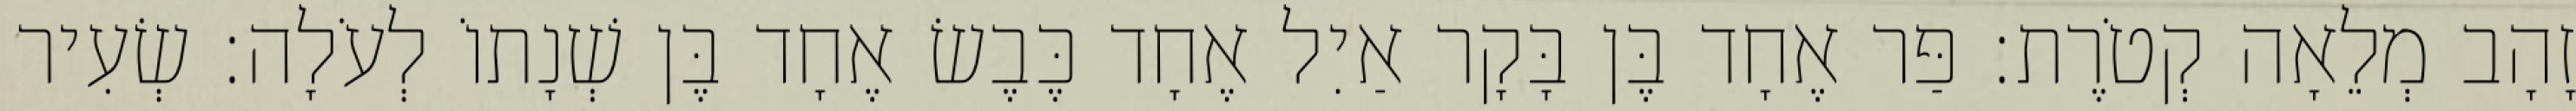
זָהָב מְלֵאָה קְטֹרֶת׃ פַּר אֶחָד בֶּן בָּקָר אַיִל אֶחָד כֶּבֶשׂ אֶחָד בֶּן שְׁנָתוֹ לְעֹלָה׃ שְׂעִיר